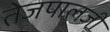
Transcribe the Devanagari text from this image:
तेजपालजी